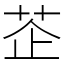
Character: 𦮳